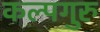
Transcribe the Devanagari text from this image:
कल्पगुरु